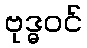
ဗုဒ္ဓဝင်